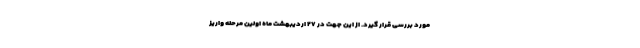
مورد بررسی قرار گیرد. از این جهت در ۲۷ اردیبهشت ماه اولین مرحله واریز